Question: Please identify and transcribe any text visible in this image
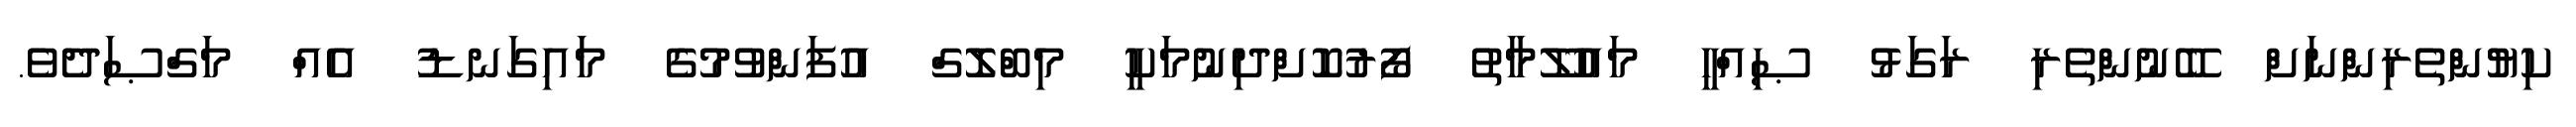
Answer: ކިޔުންތެރިންނަށް ބޭނުންތެރި ރަގަޅު ޞިއްހީ މައުލޫމާތު ފޯރުކޮށްދިނުމަކީ މިބްލޮގް އުފަންވުމުގެ މައިގަނޑު އެއް މަގްޞަދެވެ.